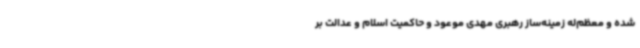
شده و معظم‌له زمینه‌ساز رهبری مهدی موعود و حاکمیت اسلام و عدالت بر